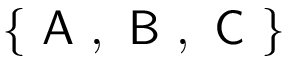
\left\lbrace \textsf { A } , \textsf { B } , \textsf { C } \right\rbrace